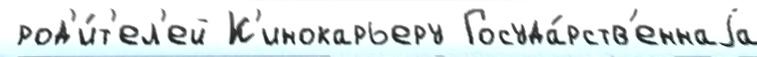
 род'и́т'ел'ей К'инокарьеру Госуда́рств'еннаjа